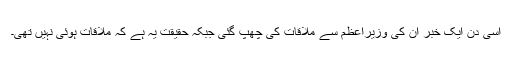
اسی دن ایک خبر ان کی وزیراعظم سے ملاقات کی چھپ گئی جبکہ حقیقت یہ ہے کہ ملاقات ہوئی نہیں تھی۔